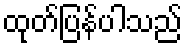
ထုတ်ပြန်ပါသည်